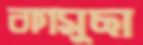
বাগমুছা